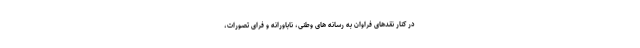
در کنار نقدهای فراوان به رسانه های وطنی، ناباورانه و فرای تصورات،